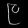
Digit: ၉